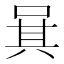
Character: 𠴩